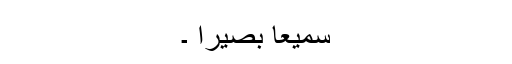
سمیعاً بصیراً ۔